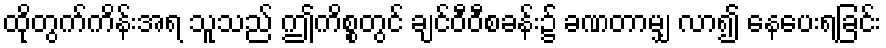
ထိုတွက်ကိန်းအရ သူသည် ဤကိစ္စတွင် ချင်ဝီဝီစခန်း၌ ခဏတာမျှ လာ၍ နေပေးရခြင်း